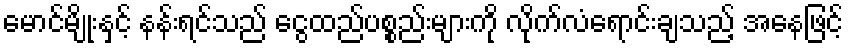
မောင်မျိုးနှင့် နန်းရင်သည် ငွေထည်ပစ္စည်းများကို လိုက်လံရောင်းချသည့် အနေဖြင့်